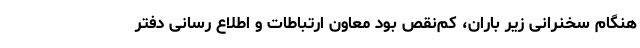
هنگام سخنرانی زیر باران، کم‌نقص بود معاون ارتباطات و اطلاع رسانی دفتر